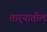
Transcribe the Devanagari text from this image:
तार्‍यातील